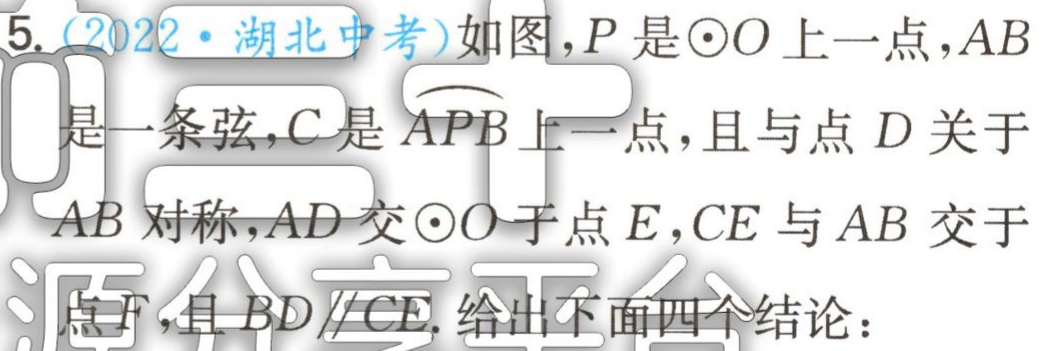
5.（2022·湖北中考）如图，\(P\)是\(\odot O\)上一点，\(AB\)是一条弦，\(C\)是\(\overset{\frown}{APB}\)上一点，且与点\(D\)关于\(AB\)对称，\(AD\)交\(\odot O\)于点\(E\)，\(CE\)与\(AB\)交于点\(F\)，且\(BD\parallel CE\). 给出下面四个结论：